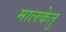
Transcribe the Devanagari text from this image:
मालकेतु